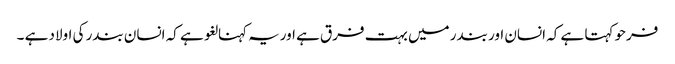
فرحو کہتا ہے کہ انسان اور بندر میں بہت فرق ہے اوریہ کہنا لغو ہے کہ انسان بندر کی اولاد ہے ۔